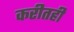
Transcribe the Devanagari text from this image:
करीतही